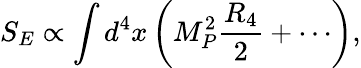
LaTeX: S_{E}\propto\int d^{4}x\left(M_{P}^{2}\frac{R_{4}}{2}+\cdots\right),